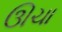
ઊચા